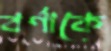
বর্ণাকে